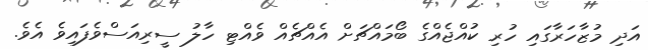
އަދި މުޒާހަރާގައި ހުރި ކުއްޖެއްގެ ބޯމައްޗަށް އެއްޗެއް ވެއްޓި ހާލު ސީރިއަސްވެފައިވެ އެވެ.